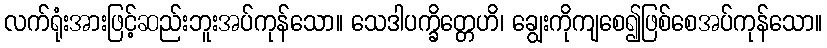
လက်ရုံးအားဖြင့်ဆည်းဘူးအပ်ကုန်သော။ သေဒါပက္ခိတ္တေဟိ၊ ချွေးကိုကျစေ၍ဖြစ်စေအပ်ကုန်သော။